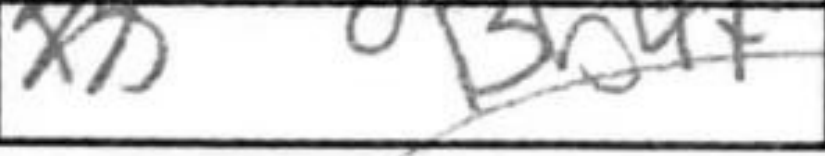
Transcription: Bb4+